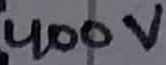
Text: 400V